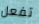
تفعل